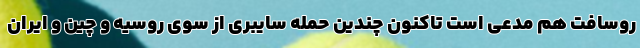
روسافت هم مدعی است تاکنون چندین حمله سایبری از سوی روسیه و چین و ایران